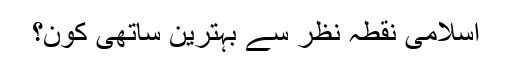
اسلامی نقطۂ نظر سے بہترین ساتھی کون؟